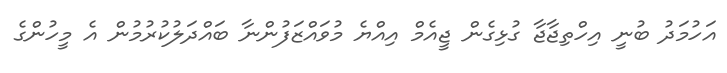
އަހުމަދު ބުނީ އިހްތިޖާޖާ ގުޅިގެން ޖީއެމް އިއްޔެ މުވައްޒަފުންނާ ބައްދަލުކުރުމުން އެ މީހުންގެ